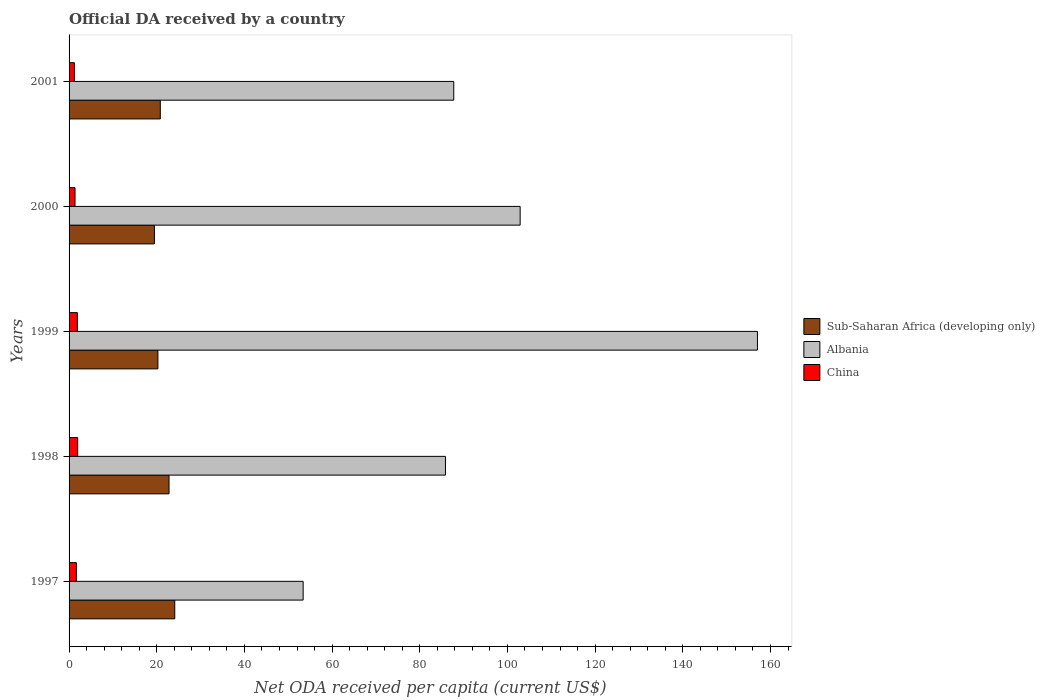
| Years | Sub-Saharan Africa (developing only) | Albania | China |
 | --- | --- | --- | --- |
 | 1997 | 24.1 | 53.4 | 1.66 |
 | 1998 | 22.8 | 85.9 | 1.96 |
 | 1999 | 20.3 | 157 | 1.9 |
 | 2000 | 19.5 | 103 | 1.36 |
 | 2001 | 20.8 | 87.7 | 1.22 |